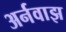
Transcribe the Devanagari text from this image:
अर्नवाझ